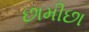
છામીછા